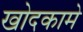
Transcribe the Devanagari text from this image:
खोदकामे